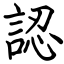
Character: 認